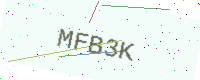
Text: MFB3K